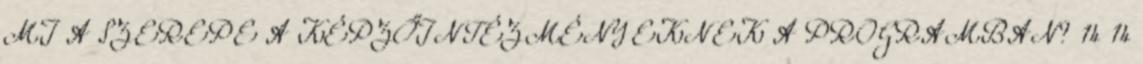
MI A SZEREPE A KÉPZŐINTÉZMÉNYEKNEK A PROGRAMBAN? 14 14